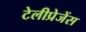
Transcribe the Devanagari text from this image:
टेलीप्रेजेंस